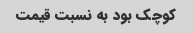
کوچک بود به نسبت قیمت